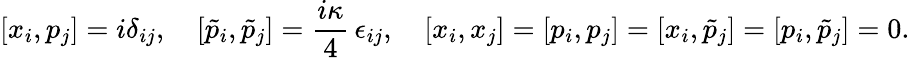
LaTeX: [x_{i},p_{j}]=i\delta_{ij},\quad[\tilde{p}_{i},\tilde{p}_{j}]=\frac{i\kappa}{4}\, \epsilon_{ij},\quad[x_{i},x_{j}]=[p_{i},p_{j}]=[x_{i},\tilde{p}_{j}]=[p_{i},\tilde{p}_{j}]=0.